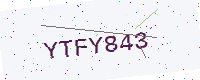
Text: YTFY843